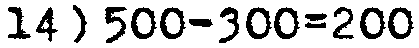
14) 500-300=200